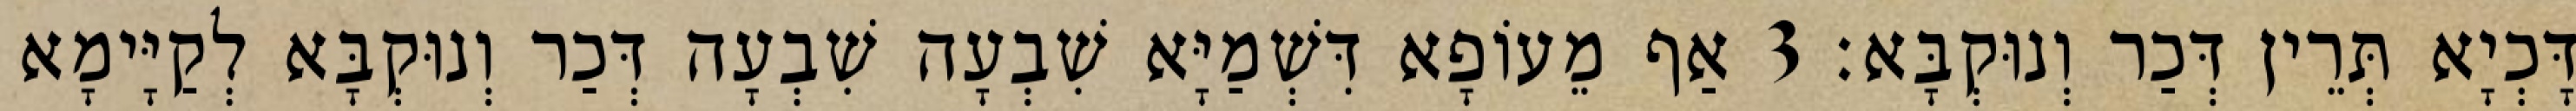
דָּכְיָא תְּרֵין דְּכַר וְנוּקְבָּא׃ 3 אַף מֵעוֹפָא דִּשְׁמַיָּא שִׁבְעָה שִׁבְעָה דְּכַר וְנוּקְבָּא לְקַיָּימָא